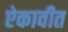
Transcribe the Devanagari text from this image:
ऐकावीत